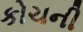
કોચની